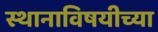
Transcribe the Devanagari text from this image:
स्थानाविषयीच्या